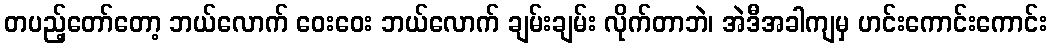
တပည့်တော်တော့ ဘယ်လောက် ဝေးဝေး ဘယ်လောက် ချမ်းချမ်း လိုက်တာဘဲ၊ အဲဒီအခါကျမှ ဟင်းကောင်းကောင်း